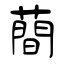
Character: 蕳